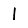
Digit: 1